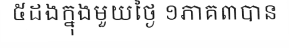
៥ដងក្នុងមួយថ្ងៃ ១ភាគ៣បាន